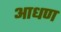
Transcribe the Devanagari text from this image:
आधण